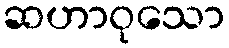
ဆဟာဝုသော